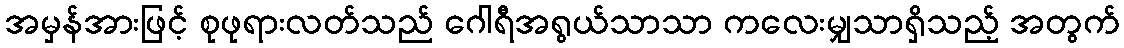
အမှန်အားဖြင့် စုဖုရားလတ်သည် ဂေါရီအရွယ်သာသာ ကလေးမျှသာရှိသည့် အတွက်